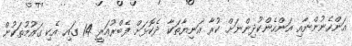
އަންހެނުންނާއި އަންހެންކުދިންނަށް ކުރާ އަނިޔާތަކާ ދެކޮޅަށް ފެބްރުއަރީ 14 ގައި އެކި ގައުމުތަކުން